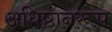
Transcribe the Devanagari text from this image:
अधिष्ठानरूप